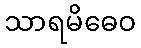
သာရမိဓေဝ